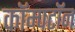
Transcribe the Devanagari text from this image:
कॉम्पटॉन